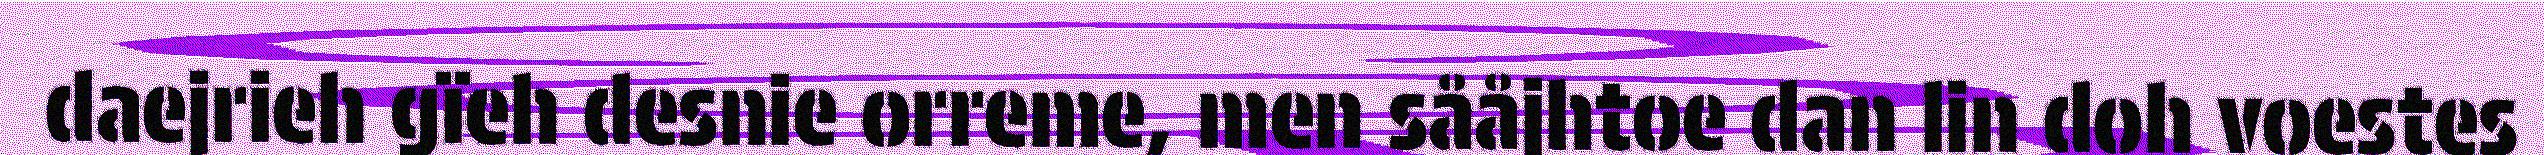
daejrieh gïeh desnie orreme, men sååjhtoe dan lin doh voestes